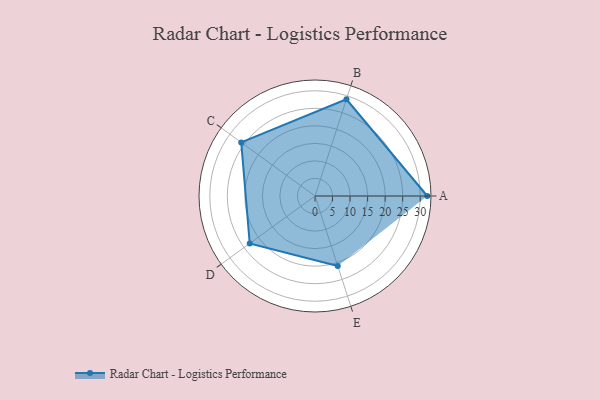
{"axis": {"x": "Skill", "y": "Score"}, "legend": ["Profile"], "data": [{"x": "A", "y": 32.0, "type": "Profile"}, {"x": "B", "y": 29.0, "type": "Profile"}, {"x": "C", "y": 26.0, "type": "Profile"}, {"x": "D", "y": 23.0, "type": "Profile"}, {"x": "E", "y": 21.0, "type": "Profile"}]}